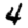
Digit: 4